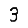
Digit: 3